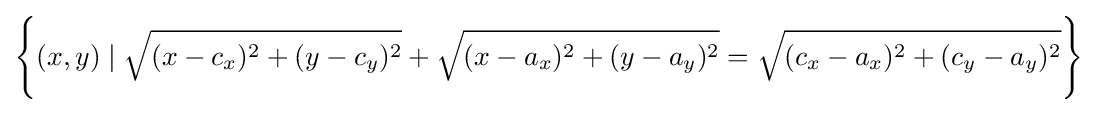
{\Biggl \{}(x,y)\mid {\sqrt {(x-c_{x})^{2}+(y-c_{y})^{2}}}+{\sqrt {(x-a_{x})^{2}+(y-a_{y})^{2}}}={\sqrt {(c_{x}-a_{x})^{2}+(c_{y}-a_{y})^{2}}}{\Biggr \}}